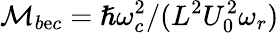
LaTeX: \mathcal{M}_{b\mathrm{e}c}=\hslash\omega_{c}^{2}/(L^{2}U_{0}^{2}\omega_{r})